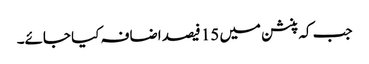
جب کہ پنشن میں 15 فیصد اضافہ کیا جائے۔